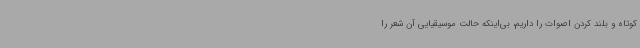
کوتاه و بلند کردن اصوات را داریم، بی‌اینکه حالت موسیقیایی آن شعر را